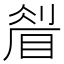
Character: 𥇮